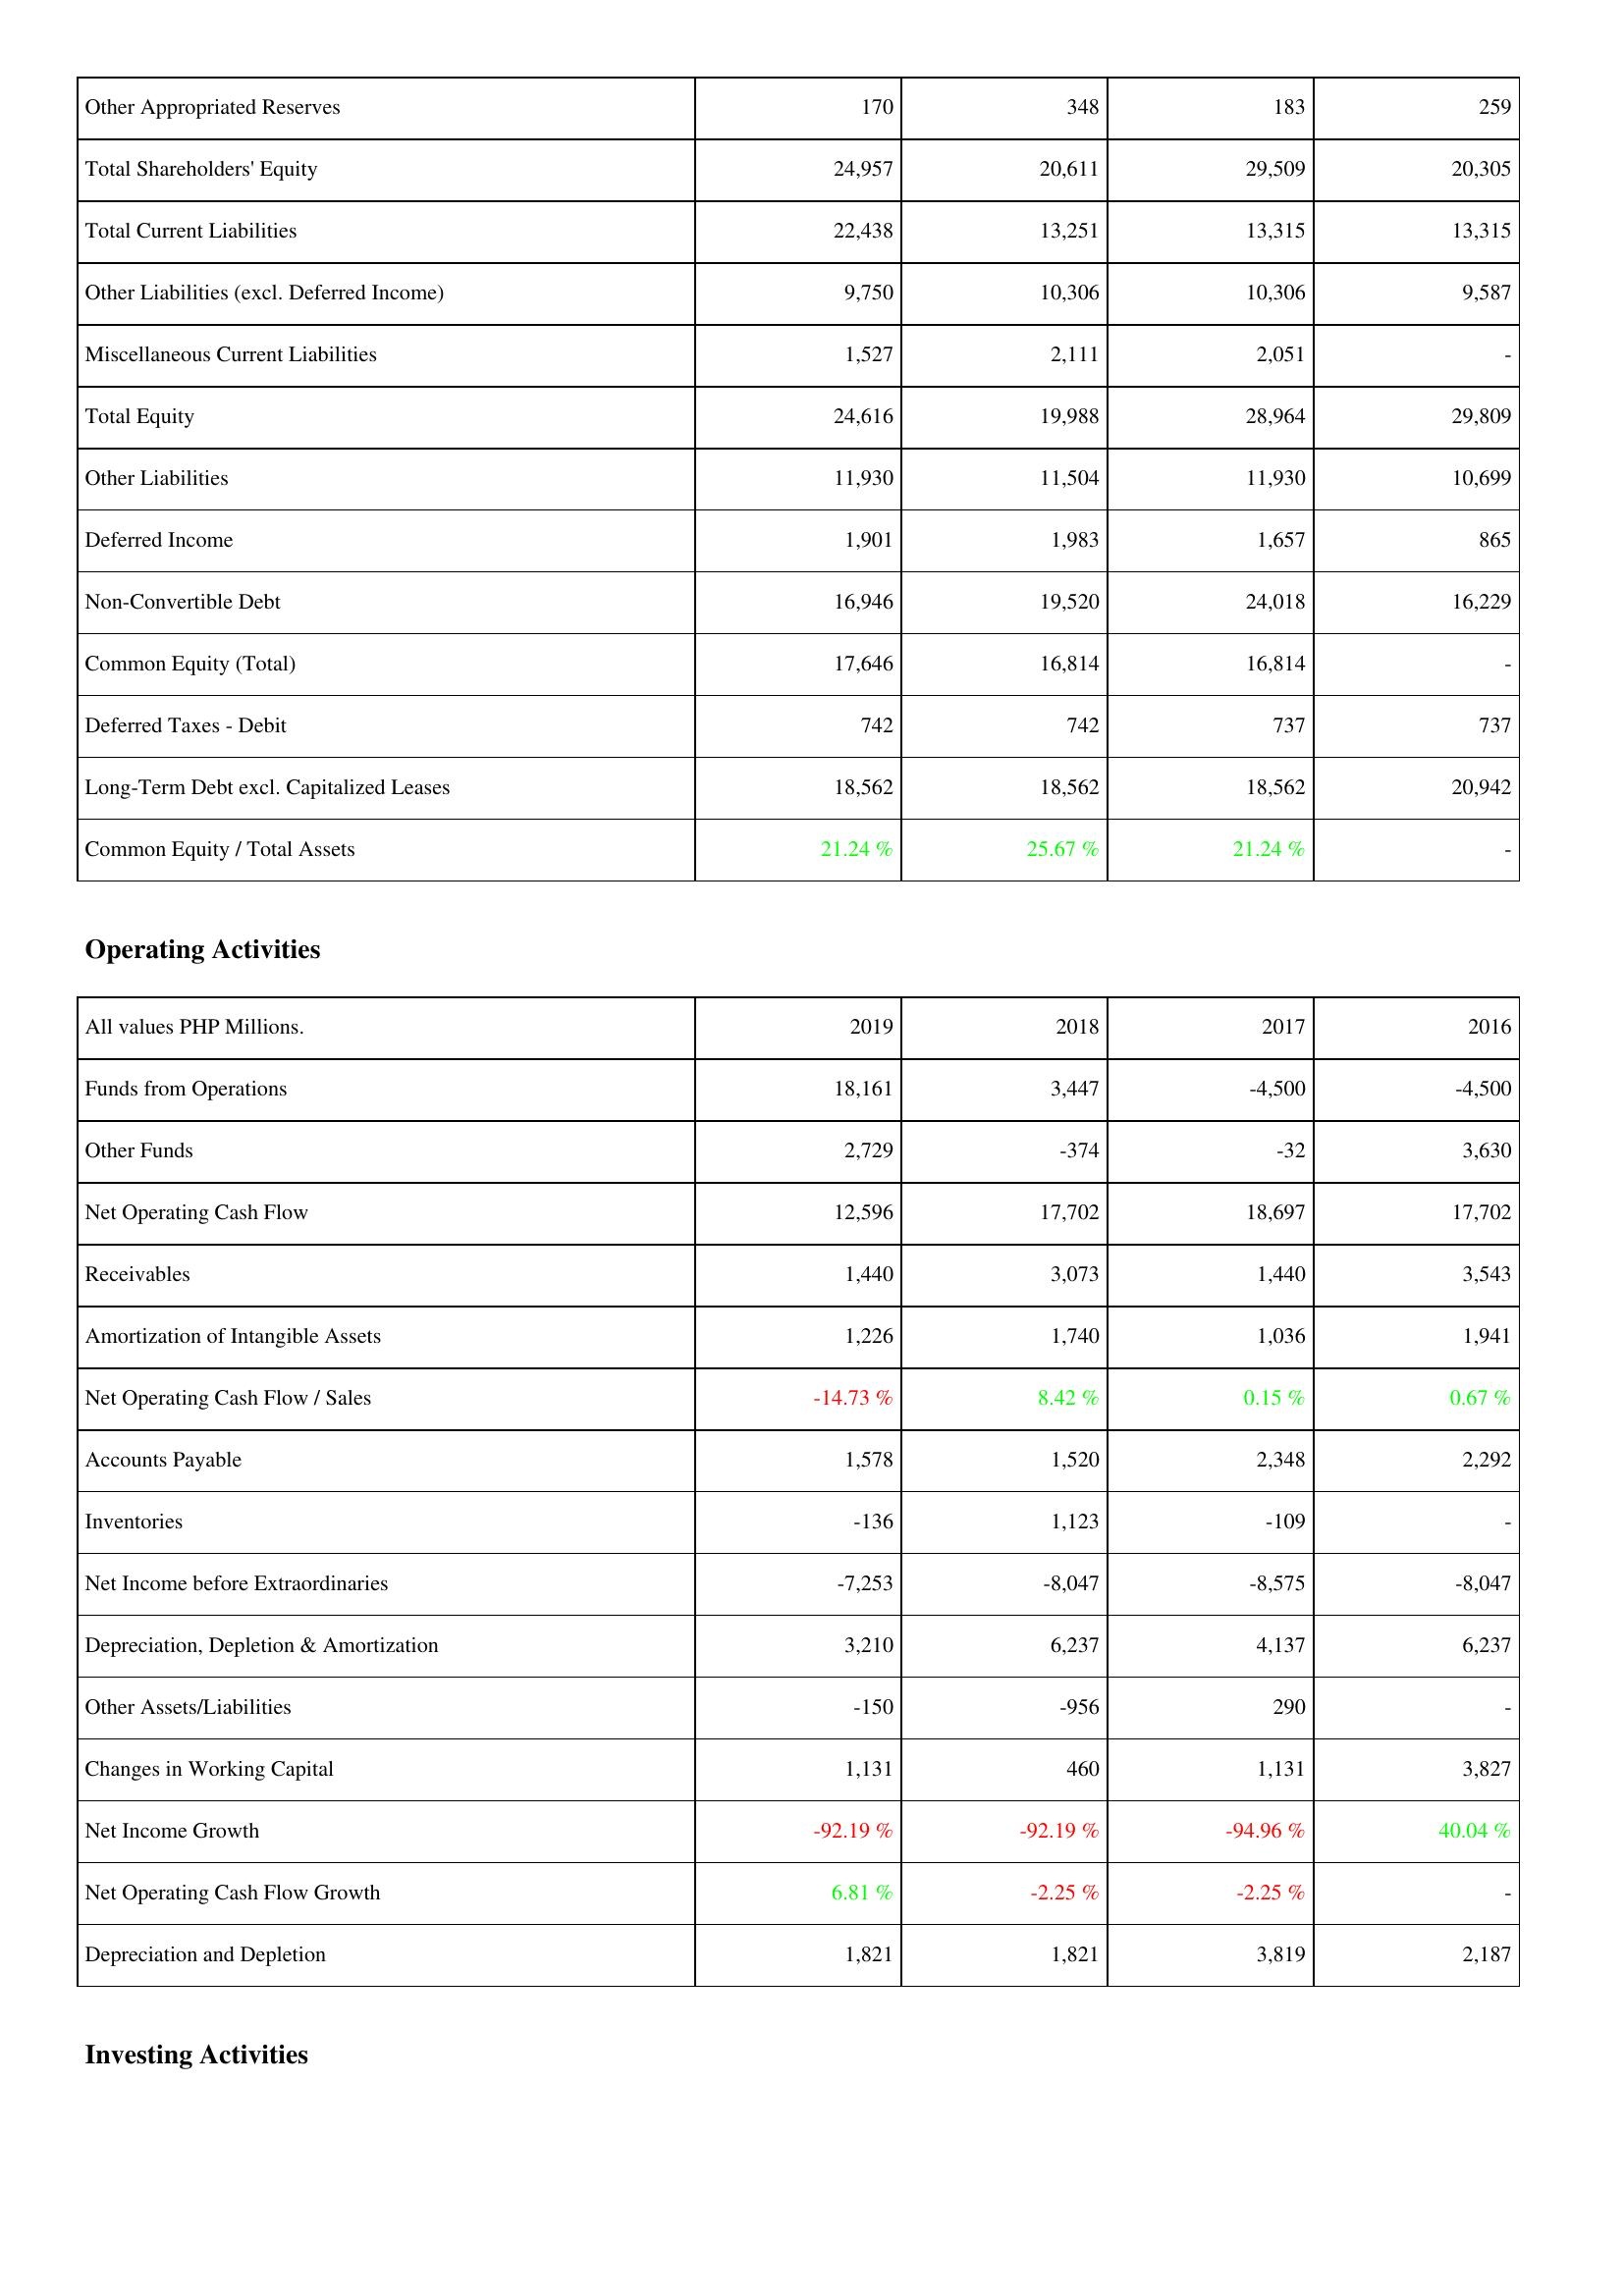
2019: Liabilities & Shareholders' Equity: Other Appropriated Reserves: 170
Total Shareholders' Equity: 24,957
Total Current Liabilities: 22,438
Other Liabilities (excl. Deferred Income): 9,750
Miscellaneous Current Liabilities: 1,527
Total Equity: 24,616
Other Liabilities: 11,930
Deferred Income: 1,901
Non-Convertible Debt: 16,946
Common Equity (Total): 17,646
Deferred Taxes - Debit: 742
Long-Term Debt excl. Capitalized Leases: 18,562
Common Equity / Total Assets: 21.24 %
Operating Activities: Funds from Operations: 18,161
Other Funds: 2,729
Net Operating Cash Flow: 12,596
Receivables: 1,440
Amortization of Intangible Assets: 1,226
Net Operating Cash Flow / Sales: -14.73 %
Accounts Payable: 1,578
Inventories: -136
Net Income before Extraordinaries: -7,253
Depreciation, Depletion & Amortization: 3,210
Other Assets/Liabilities: -150
Changes in Working Capital: 1,131
Net Income Growth: -92.19 %
Net Operating Cash Flow Growth: 6.81 %
Depreciation and Depletion: 1,821
2018: Liabilities & Shareholders' Equity: Other Appropriated Reserves: 348
Total Shareholders' Equity: 20,611
Total Current Liabilities: 13,251
Other Liabilities (excl. Deferred Income): 10,306
Miscellaneous Current Liabilities: 2,111
Total Equity: 19,988
Other Liabilities: 11,504
Deferred Income: 1,983
Non-Convertible Debt: 19,520
Common Equity (Total): 16,814
Deferred Taxes - Debit: 742
Long-Term Debt excl. Capitalized Leases: 18,562
Common Equity / Total Assets: 25.67 %
Operating Activities: Funds from Operations: 3,447
Other Funds: -374
Net Operating Cash Flow: 17,702
Receivables: 3,073
Amortization of Intangible Assets: 1,740
Net Operating Cash Flow / Sales: 8.42 %
Accounts Payable: 1,520
Inventories: 1,123
Net Income before Extraordinaries: -8,047
Depreciation, Depletion & Amortization: 6,237
Other Assets/Liabilities: -956
Changes in Working Capital: 460
Net Income Growth: -92.19 %
Net Operating Cash Flow Growth: -2.25 %
Depreciation and Depletion: 1,821
2017: Liabilities & Shareholders' Equity: Other Appropriated Reserves: 183
Total Shareholders' Equity: 29,509
Total Current Liabilities: 13,315
Other Liabilities (excl. Deferred Income): 10,306
Miscellaneous Current Liabilities: 2,051
Total Equity: 28,964
Other Liabilities: 11,930
Deferred Income: 1,657
Non-Convertible Debt: 24,018
Common Equity (Total): 16,814
Deferred Taxes - Debit: 737
Long-Term Debt excl. Capitalized Leases: 18,562
Common Equity / Total Assets: 21.24 %
Operating Activities: Funds from Operations: -4,500
Other Funds: -32
Net Operating Cash Flow: 18,697
Receivables: 1,440
Amortization of Intangible Assets: 1,036
Net Operating Cash Flow / Sales: 0.15 %
Accounts Payable: 2,348
Inventories: -109
Net Income before Extraordinaries: -8,575
Depreciation, Depletion & Amortization: 4,137
Other Assets/Liabilities: 290
Changes in Working Capital: 1,131
Net Income Growth: -94.96 %
Net Operating Cash Flow Growth: -2.25 %
Depreciation and Depletion: 3,819
2016: Liabilities & Shareholders' Equity: Other Appropriated Reserves: 259
Total Shareholders' Equity: 20,305
Total Current Liabilities: 13,315
Other Liabilities (excl. Deferred Income): 9,587
Miscellaneous Current Liabilities: -
Total Equity: 29,809
Other Liabilities: 10,699
Deferred Income: 865
Non-Convertible Debt: 16,229
Common Equity (Total): -
Deferred Taxes - Debit: 737
Long-Term Debt excl. Capitalized Leases: 20,942
Common Equity / Total Assets: -
Operating Activities: Funds from Operations: -4,500
Other Funds: 3,630
Net Operating Cash Flow: 17,702
Receivables: 3,543
Amortization of Intangible Assets: 1,941
Net Operating Cash Flow / Sales: 0.67 %
Accounts Payable: 2,292
Inventories: -
Net Income before Extraordinaries: -8,047
Depreciation, Depletion & Amortization: 6,237
Other Assets/Liabilities: -
Changes in Working Capital: 3,827
Net Income Growth: 40.04 %
Net Operating Cash Flow Growth: -
Depreciation and Depletion: 2,187